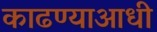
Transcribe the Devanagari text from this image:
काढण्याआधी